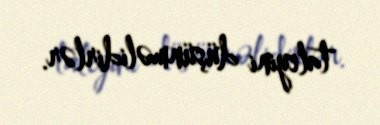
taleyini düşünməlidirlər.